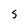
Character: S